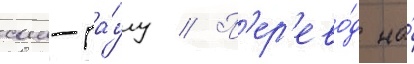
сан-па́улу // П'ер'ево́д на́